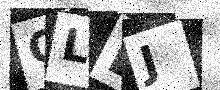
Text: QLDJ